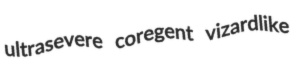
ultrasevere coregent vizardlike